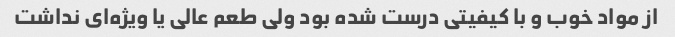
از مواد خوب و با کیفیتی درست شده بود ولی طعم عالی یا ویژه‌ای نداشت